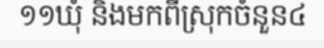
១១ឃុំ និងមកពីស្រុកចំនួន៤